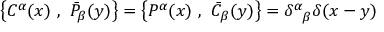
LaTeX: \left\{ C ^ { \alpha } ( x ) ~ , ~ \bar { P } _ { \beta } ( y ) \right\} = \left\{ P ^ { \alpha } ( x ) ~ , ~ \bar { C } _ { \beta } ( y ) \right\} = \delta _ { \hphantom { \alpha } \beta } ^ { \alpha } \delta ( x - y )